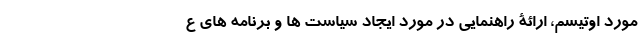
مورد اوتیسم، ارائة راهنمایی در مورد ایجاد سیاست ها و برنامه های ع